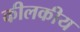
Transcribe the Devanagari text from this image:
कीलकीय